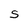
Character: S